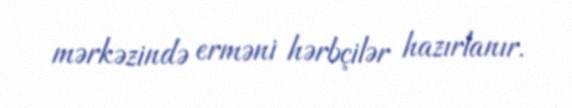
mərkəzində erməni hərbçilər hazırlanır.